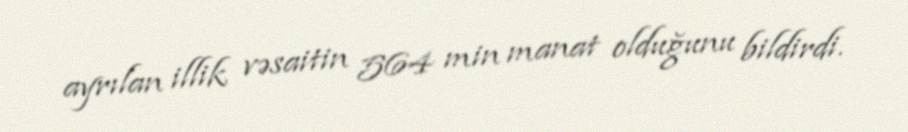
ayrılan illik vəsaitin 564 min manat olduğunu bildirdi.